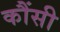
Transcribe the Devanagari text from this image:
कौंसी